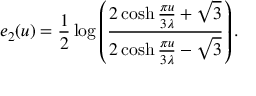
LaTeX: e _ { 2 } ( u ) = \frac { 1 } { 2 } \log \left( \frac { 2 \cosh \frac { \pi u } { 3 \lambda } + \sqrt { 3 } } { 2 \cosh \frac { \pi u } { 3 \lambda } - \sqrt { 3 } } \right) .